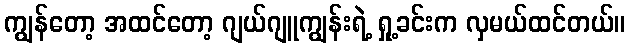
ကျွန်တော့ အထင်တော့ ဂျယ်ဂျူကျွန်းရဲ့ ရှု့ခင်းက လှမယ်ထင်တယ်။